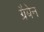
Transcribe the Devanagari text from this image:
ग्रैबेन